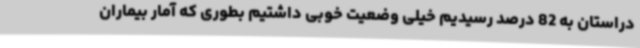
دراستان به 82 درصد رسیدیم خیلی وضعیت خوبی داشتیم بطوری که آمار بیماران